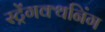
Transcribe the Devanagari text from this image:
स्ट्रेंगक्थनिंग